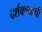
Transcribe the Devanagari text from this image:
दर्शवण्याची